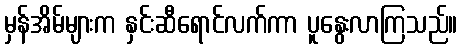
မှန်အိမ်များက နှင်းဆီရောင်လက်ကာ ပူနွေးလာကြသည်။